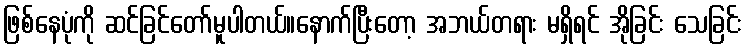
ဖြစ်နေပုံကို ဆင်ခြင်တော်မူပါတယ်။နောက်ပြီးတော့ အဘယ်တရား မရှိရင် အိုခြင်း သေခြင်း